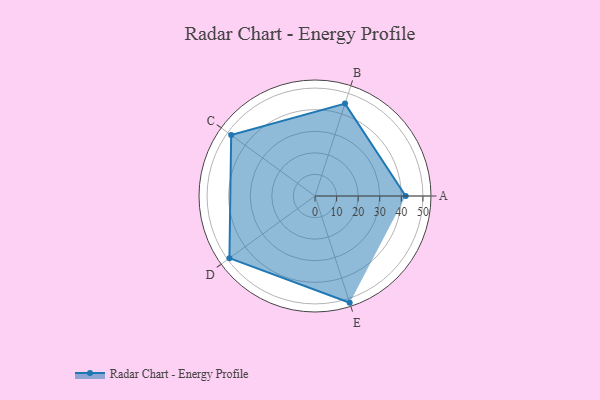
{"axis": {"x": "Skill", "y": "Score"}, "legend": ["Profile"], "data": [{"x": "A", "y": 42.0, "type": "Profile"}, {"x": "B", "y": 45.0, "type": "Profile"}, {"x": "C", "y": 48.0, "type": "Profile"}, {"x": "D", "y": 49.0, "type": "Profile"}, {"x": "E", "y": 52.0, "type": "Profile"}]}